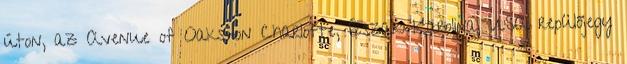
úton, az Avenue of Oaks-on Charlotte, Észak-Karolina, USA repülőjegy